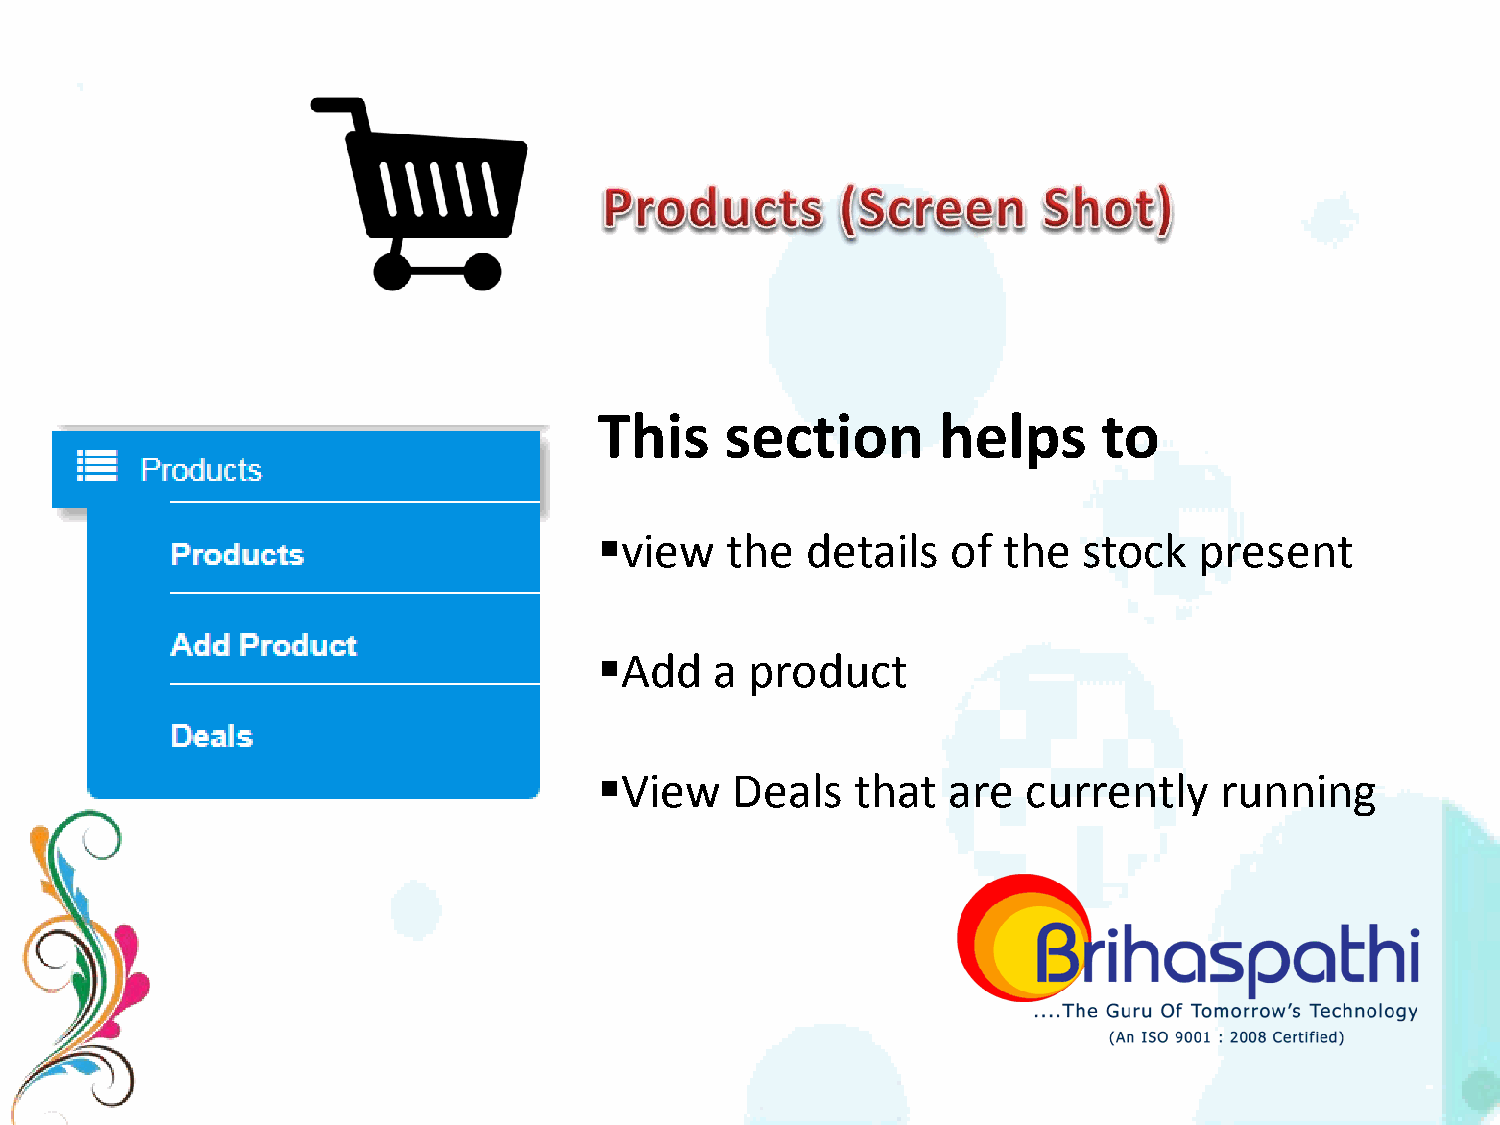
This    section       helps      to
 view   the  details   of the   stock  present
 Add   a  product
 View   Deals    that  are  currently    running